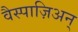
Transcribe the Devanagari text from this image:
वैस्पाज़िअन्